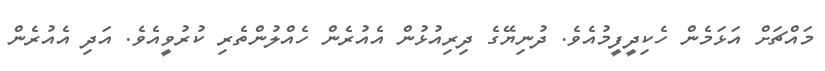
މައްޗަށް އަޅަމެން ހެކިދީފީމުއެވެ. ދުނިޔޭގެ ދިރިއުޅުން އެއުރެން ހެއްލުންތެރި ކުރުވީއެވެ. އަދި އެއުރެން